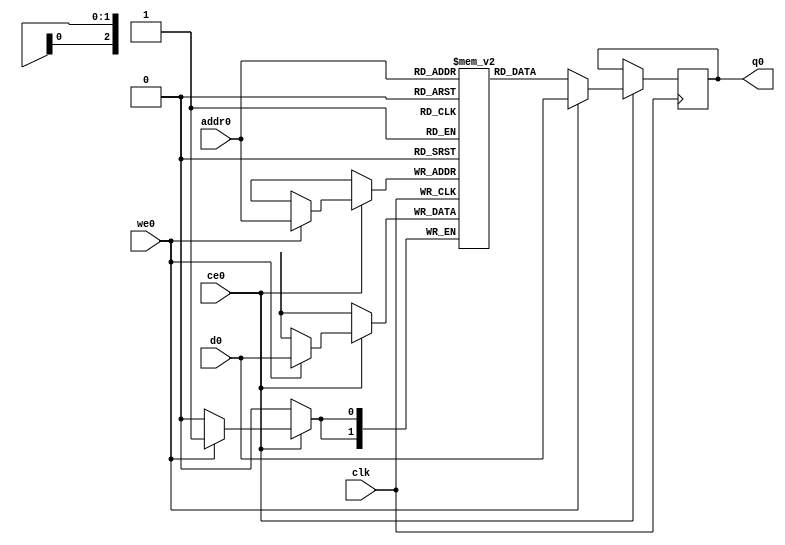
// ==============================================================
// File generated by Vivado(TM) HLS - High-Level Synthesis from C, C++ and SystemC
// Version: 2017.4.op
// Copyright (C) 1986-2018 Xilinx, Inc. All Rights Reserved.
// 
// ==============================================================

`timescale 1 ns / 1 ps
module sw_maxscore_d2bit_0_V_15_ram (addr0, ce0, d0, we0, q0,  clk);

parameter DWIDTH = 2;
parameter AWIDTH = 3;
parameter MEM_SIZE = 8;

input[AWIDTH-1:0] addr0;
input ce0;
input[DWIDTH-1:0] d0;
input we0;
output reg[DWIDTH-1:0] q0;
input clk;

(* ram_style = "distributed" *)reg [DWIDTH-1:0] ram[0:MEM_SIZE-1];




always @(posedge clk)  
begin 
    if (ce0) 
    begin
        if (we0) 
        begin 
            ram[addr0] <= d0; 
            q0 <= d0;
        end 
        else 
            q0 <= ram[addr0];
    end
end


endmodule


`timescale 1 ns / 1 ps
module sw_maxscore_d2bit_0_V_15(
    reset,
    clk,
    address0,
    ce0,
    we0,
    d0,
    q0);

parameter DataWidth = 32'd2;
parameter AddressRange = 32'd8;
parameter AddressWidth = 32'd3;
input reset;
input clk;
input[AddressWidth - 1:0] address0;
input ce0;
input we0;
input[DataWidth - 1:0] d0;
output[DataWidth - 1:0] q0;



sw_maxscore_d2bit_0_V_15_ram sw_maxscore_d2bit_0_V_15_ram_U(
    .clk( clk ),
    .addr0( address0 ),
    .ce0( ce0 ),
    .d0( d0 ),
    .we0( we0 ),
    .q0( q0 ));

endmodule